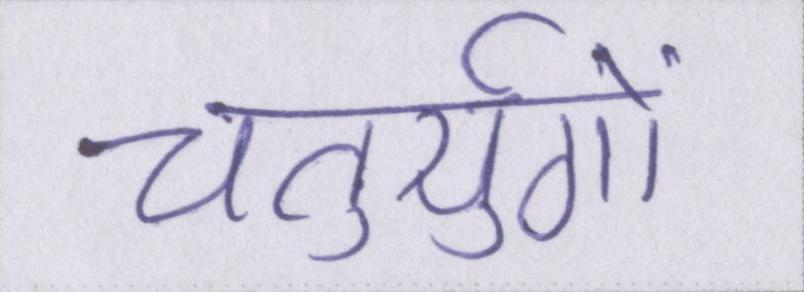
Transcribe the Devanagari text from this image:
चतुर्युगों